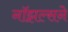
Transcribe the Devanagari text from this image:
नॉझल्सने